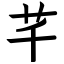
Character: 芊